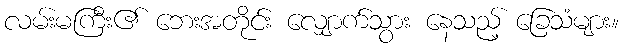
လမ်းမကြီး၏ ဘေးအတိုင်း လျှောက်သွား နေသည့် ခြေသံများ။